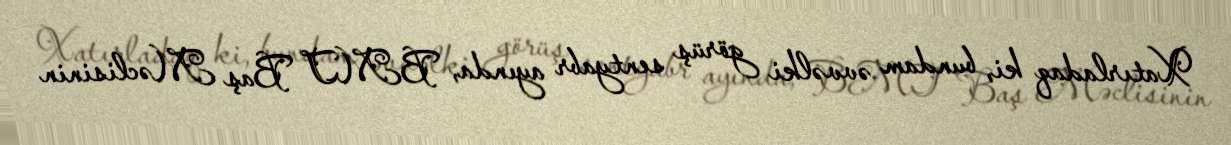
Xatırladaq ki, bundam əvvəlki görüş sentyabr ayında, BMT Baş Məclisinin